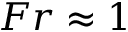
F r \approx 1